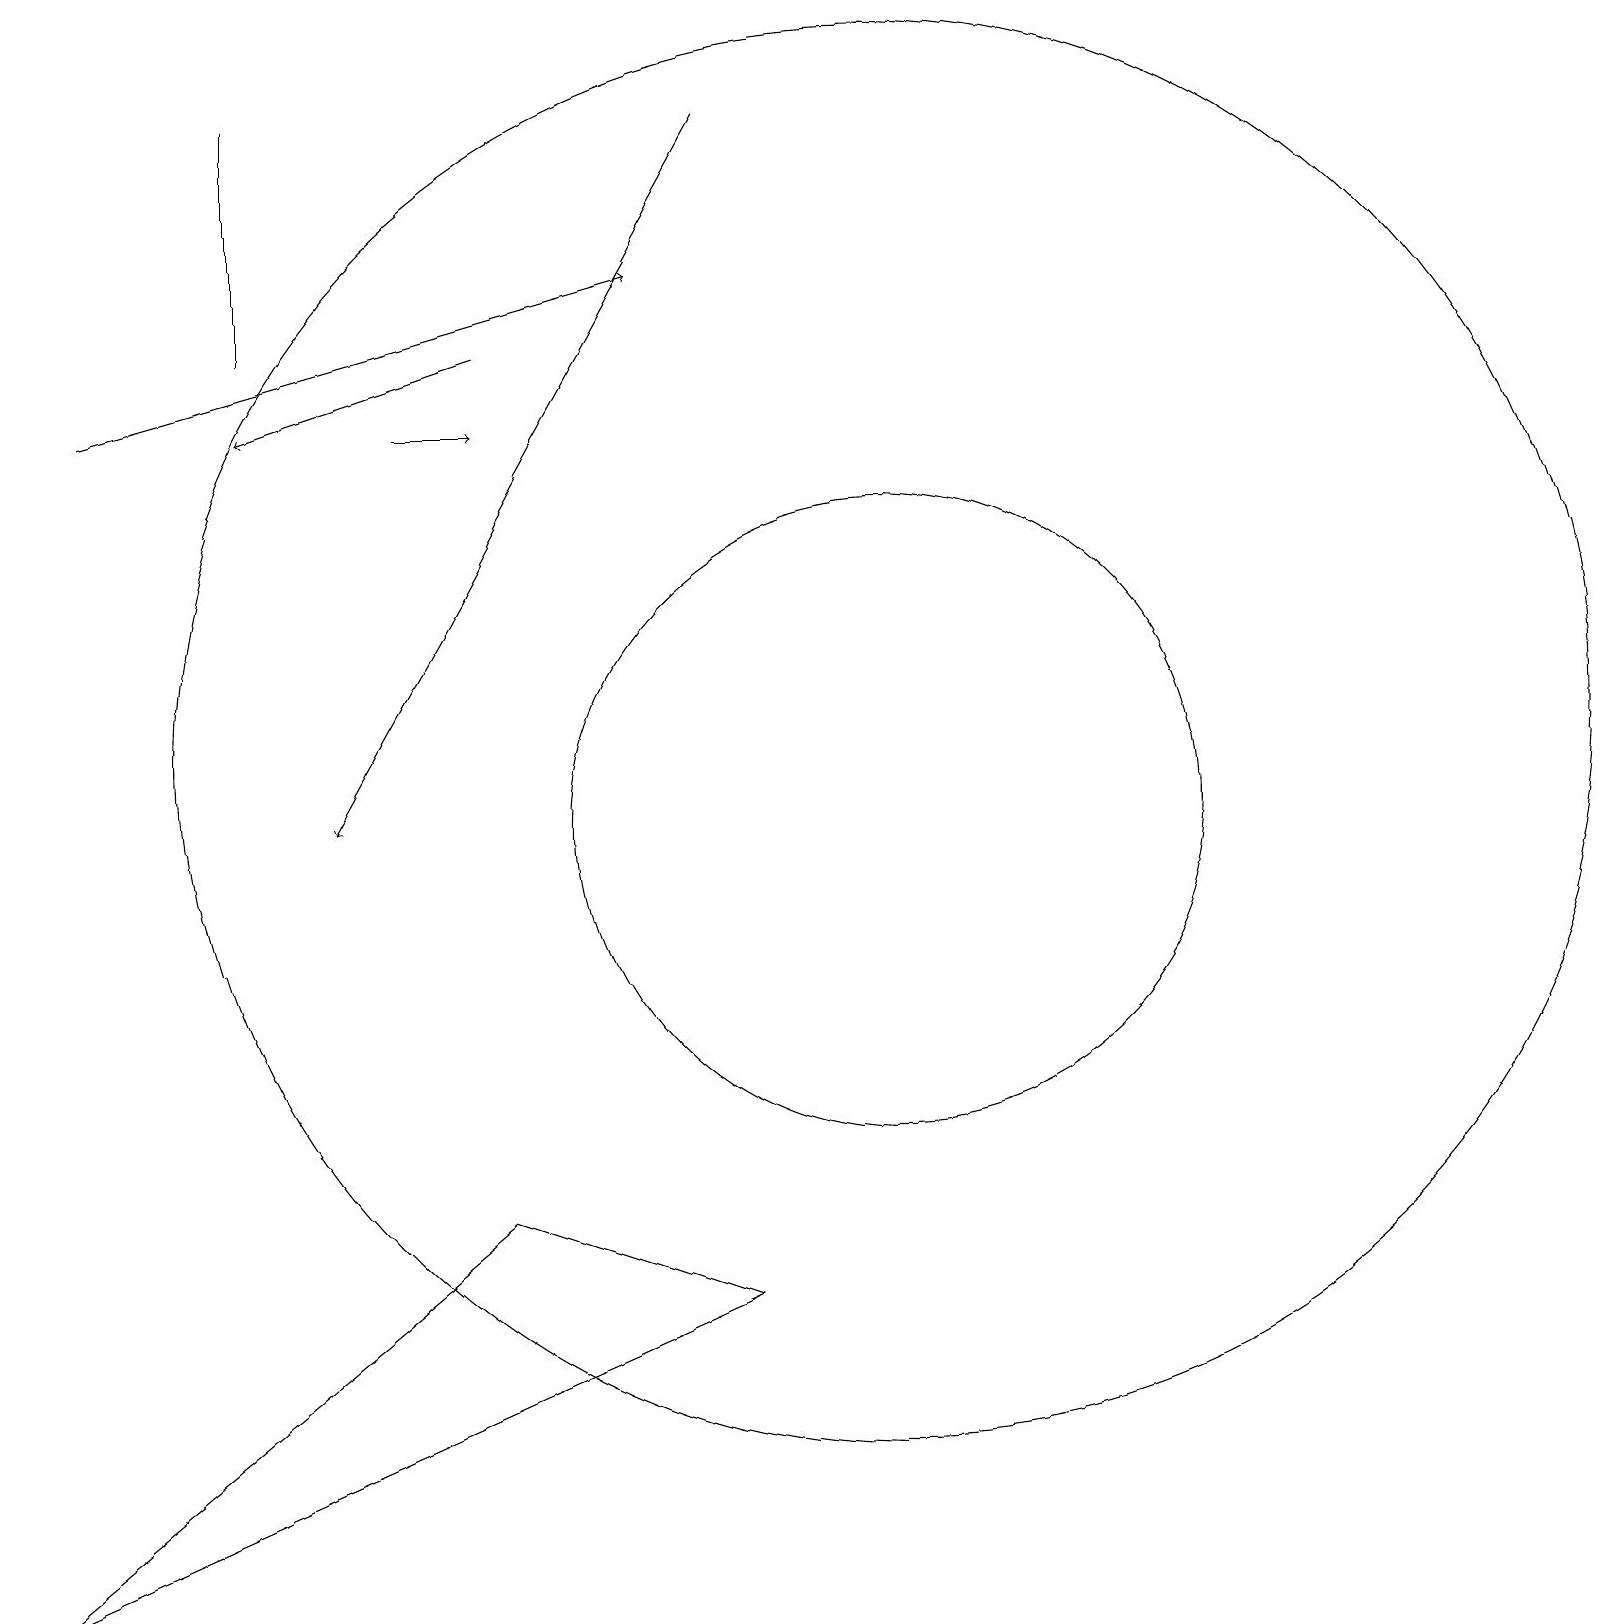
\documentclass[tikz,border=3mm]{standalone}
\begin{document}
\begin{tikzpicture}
\draw (3,19) rectangle (3,16);
\draw (11,11) circle (9);
\draw[->] (5,15) -- (6,15);
\draw[->] (9,19) -- (4,10);
\draw[->] (6,16) -- (3,15);
\draw (6,5) -- (0,0) -- (9,4) -- cycle;
\draw[->] (1,15) -- (8,17);
\draw (11,10) circle (4);
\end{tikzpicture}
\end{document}